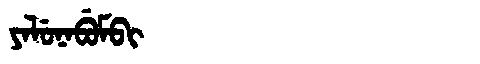
Manchu: ᠶᠠᠯᡠᠨᠠᠪᡠᠮᠪᡳ
Romanization: YALUNABUMBI